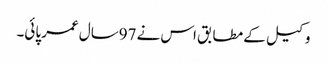
وکیل کے مطابق اس نے 97سال عمر پائی۔